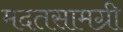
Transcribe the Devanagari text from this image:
मदतसामग्री